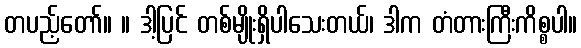
တပည့်တော်။ ။ ဒါ့ပြင် တစ်မျိုးရှိပါသေးတယ်၊ ဒါက တံတားကြီးကိစ္စပါ။